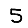
Digit: 5